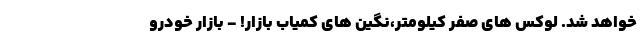
خواهد شد. لوکس های صفر کیلومتر،نگین های کمیاب بازار! - بازار خودرو